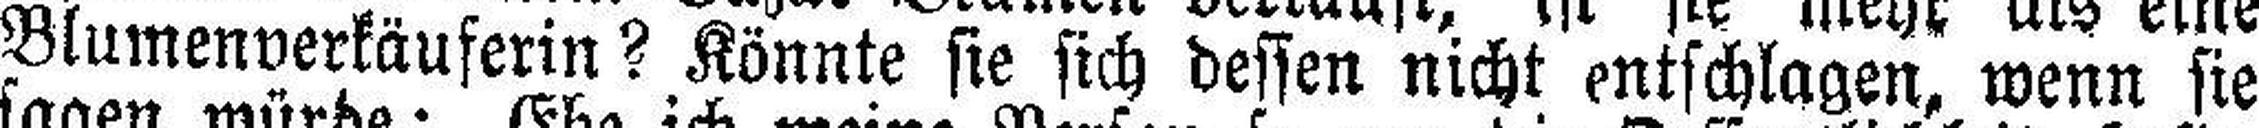
Blumenverkäuferin? Könnte sie sich dessen nicht entschlagen, wenn sie